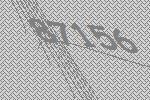
87156